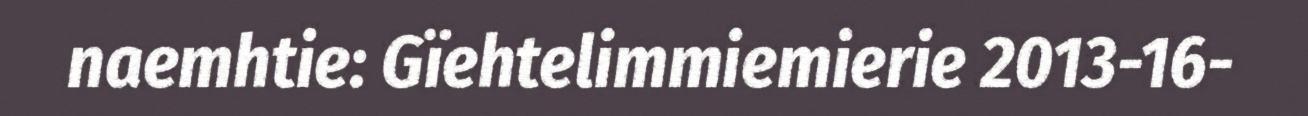
naemhtie: Gïehtelimmiemierie 2013-16-